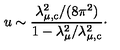
u \sim { \frac { \lambda _ { \mu , \mathrm { c } } ^ { 2 } / ( 8 \pi ^ { 2 } ) } { 1 - \lambda _ { \mu } ^ { 2 } / \lambda _ { \mu , \mathrm { c } } ^ { 2 } } } \cdotp